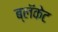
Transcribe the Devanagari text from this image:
ब्लॅकेट